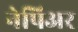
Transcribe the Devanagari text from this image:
नेपिअर